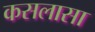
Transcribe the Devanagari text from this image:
कसलासा